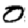
Digit: 0